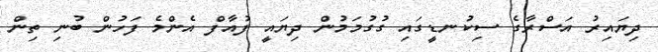
ދިޔައިރު އަސްރާގެ ސިކުނޑީގައި ގުގުމަމުން ދިޔައީ ފުއާފް އެންމެ ފަހުން ބުނި ތިން